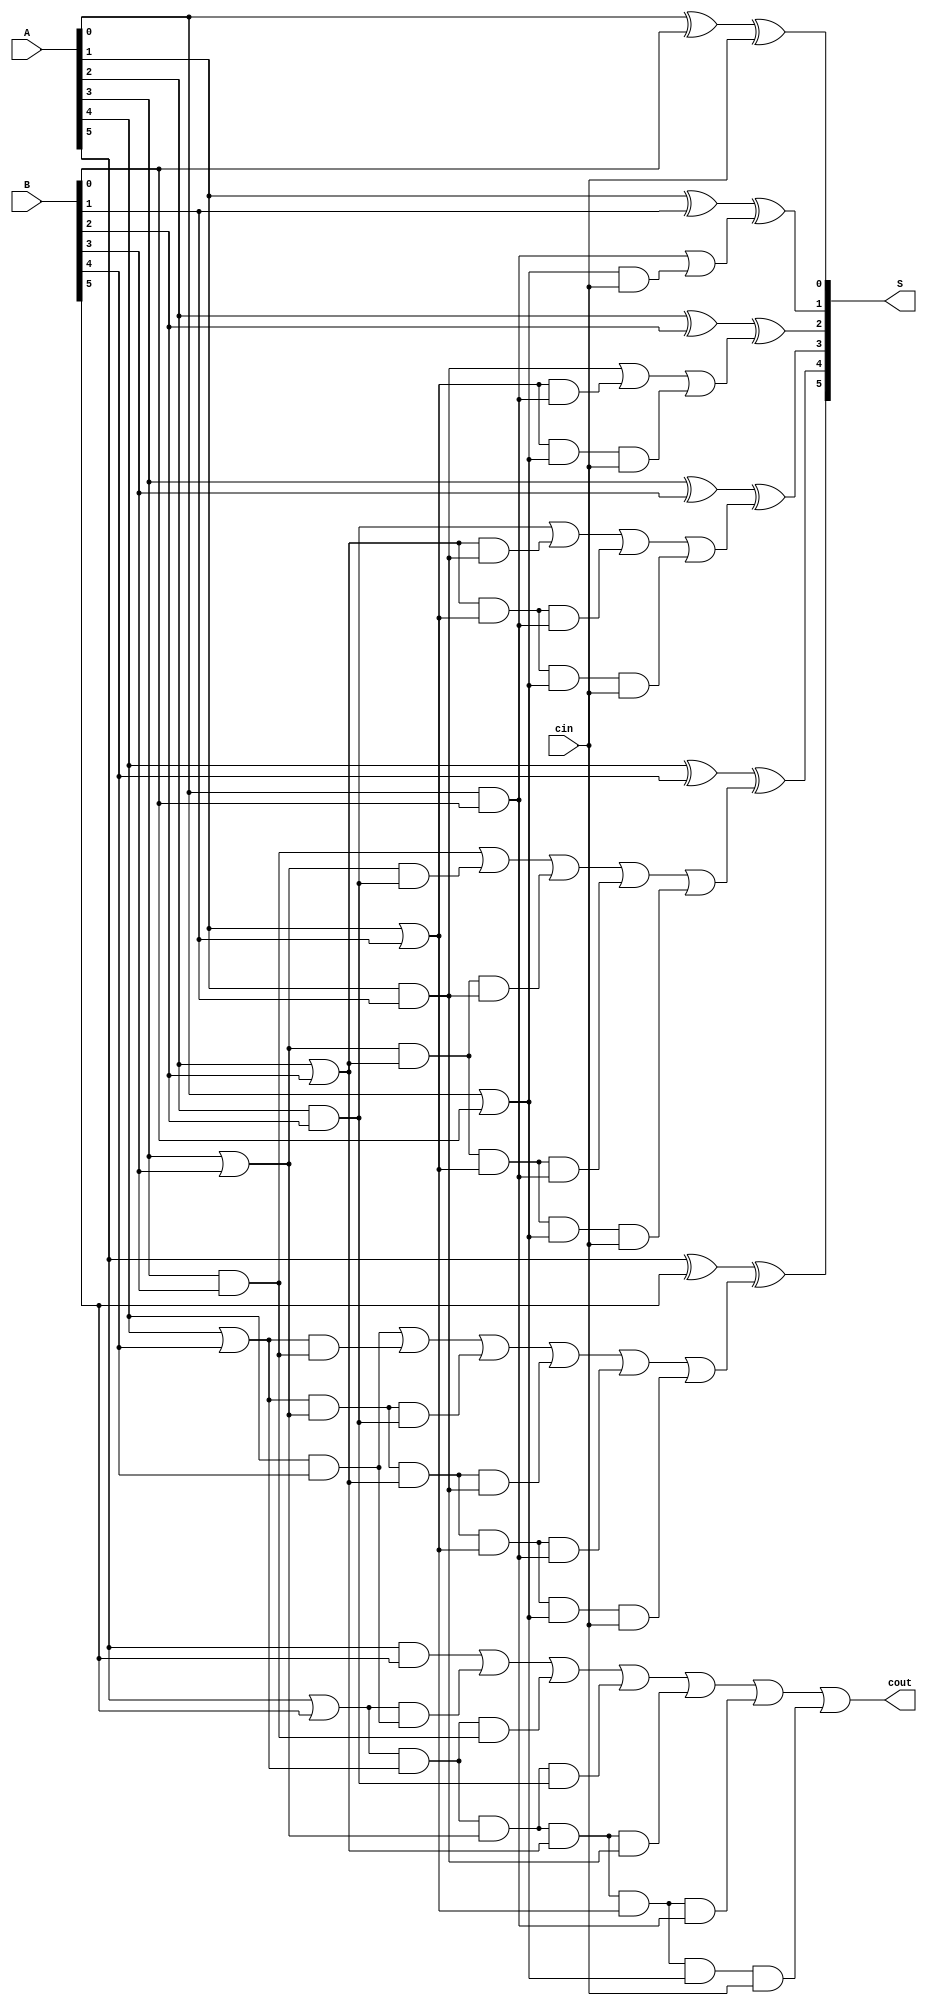
module CADD6 (A,B,cin,S,cout);

input [5:0] A,B;
input cin;
output [5:0] S;
output cout;
wire [5:0] P,G,C;



assign P[0]=A[0]|B[0];
assign P[1]=A[1]|B[1];
assign P[2]=A[2]|B[2];
assign P[3]=A[3]|B[3];
assign P[4]=A[4]|B[4];
assign P[5]=A[5]|B[5];
assign G[0]=A[0]&B[0];
assign G[1]=A[1]&B[1];
assign G[2]=A[2]&B[2];
assign G[3]=A[3]&B[3];
assign G[4]=A[4]&B[4];
assign G[5]=A[5]&B[5];

assign S[0]=A[0]^B[0]^cin;
assign C[0]=G[0]|(P[0]&cin);
assign S[1]=A[1]^B[1]^C[0];
assign C[1]=G[1]|(P[1]&G[0])|(P[1]&P[0]&cin);
assign S[2]=A[2]^B[2]^C[1];
assign C[2]=G[2]|(P[2]&G[1])|(P[2]&P[1]&G[0])|(P[2]&P[1]&P[0]&cin);
assign S[3]=A[3]^B[3]^C[2];
assign C[3]=G[3]|(P[3]&G[2])|(P[3]&P[2]&G[1])|(P[3]&P[2]&P[1]&G[0])|(P[3]&P[2]&P[1]&P[0]&cin);
assign S[4]=A[4]^B[4]^C[3];
assign C[4]=G[4]|(P[4]&G[3])|(P[4]&P[3]&G[2])|(P[4]&P[3]&P[2]&G[1])|(P[4]&P[3]&P[2]&P[1]&G[0])|(P[4]&P[3]&P[2]&P[1]&P[0]&cin);
assign S[5]=A[5]^B[5]^C[4];
assign C[5]=G[5]|(P[5]&G[4])|(P[5]&P[4]&G[3])|(P[5]&P[4]&P[3]&G[2])|(P[5]&P[4]&P[3]&P[2]&G[1])|(P[5]&P[4]&P[3]&P[2]&P[1]&G[0])|(P[5]&P[4]&P[3]&P[2]&P[1]&P[0]&cin);

assign cout=C[5];

endmodule